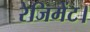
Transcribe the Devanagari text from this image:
रेजिमेंट।